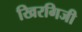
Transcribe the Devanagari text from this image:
खिरगिजी